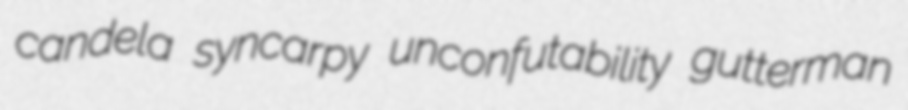
candela syncarpy unconfutability gutterman